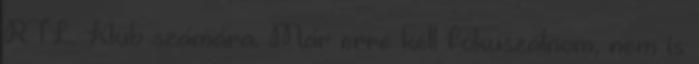
RTL Klub számára. Már erre kell fókuszálnom, nem is